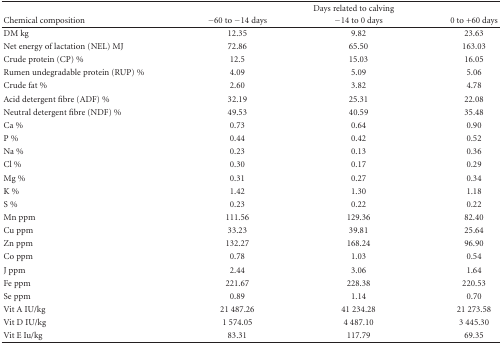
<table><thead><tr><td></td><td colspan="3"><b>Days related to calving</b></td></tr><tr><td><b>Chemical composition</b></td><td><b>−60 to −14 days</b></td><td><b>−14 to 0 days</b></td><td><b> 0 to +60 days</b></td></tr></thead><tbody><tr><td>DM kg</td><td>12.35</td><td>9.82</td><td>23.63</td></tr><tr><td>Net energy of lactation (NEL) MJ</td><td>72.86</td><td>65.50</td><td>163.03</td></tr><tr><td>Crude protein (CP) %</td><td>12.5</td><td>15.03</td><td>16.05</td></tr><tr><td>Rumen undegradable protein (RUP) %</td><td>4.09</td><td>5.09</td><td>5.06</td></tr><tr><td>Crude fat %</td><td>2.60</td><td>3.82</td><td>4.78</td></tr><tr><td>Acid detergent fibre (ADF) %</td><td>32.19</td><td>25.31</td><td>22.08</td></tr><tr><td>Neutral detergent fibre (NDF) %</td><td>49.53</td><td>40.59</td><td>35.48</td></tr><tr><td>Ca %</td><td>0.73</td><td>0.64</td><td>0.90</td></tr><tr><td>P %</td><td>0.44</td><td>0.42</td><td>0.52</td></tr><tr><td>Na %</td><td>0.23</td><td>0.13</td><td>0.36</td></tr><tr><td>Cl %</td><td>0.30</td><td>0.17</td><td>0.29</td></tr><tr><td>Mg %</td><td>0.31</td><td>0.27</td><td>0.34</td></tr><tr><td>K %</td><td>1.42</td><td>1.30</td><td>1.18</td></tr><tr><td>S %</td><td>0.23</td><td>0.22</td><td>0.22</td></tr><tr><td>Mn ppm</td><td>111.56</td><td>129.36</td><td>82.40</td></tr><tr><td>Cu ppm</td><td>33.23</td><td>39.81</td><td>25.64</td></tr><tr><td>Zn ppm</td><td>132.27</td><td>168.24</td><td>96.90</td></tr><tr><td>Co ppm</td><td>0.78</td><td>1.03</td><td>0.54</td></tr><tr><td>J ppm</td><td>2.44</td><td>3.06</td><td>1.64</td></tr><tr><td>Fe ppm</td><td>221.67</td><td>228.38</td><td>220.53</td></tr><tr><td>Se ppm</td><td>0.89</td><td>1.14</td><td>0.70</td></tr><tr><td>Vit A IU/kg</td><td>21 487.26</td><td>41 234.28</td><td>21 273.58</td></tr><tr><td>Vit D IU/kg</td><td>1 574.05</td><td>4 487.10</td><td>3 445.30</td></tr><tr><td>Vit E Iu/kg</td><td>83.31</td><td>117.79</td><td>69.35</td></tr></tbody></table>